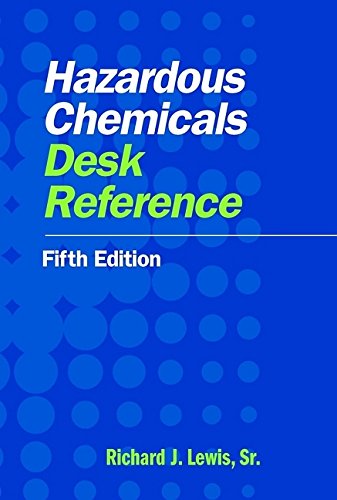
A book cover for Hazardous Chemicals Desk Reference; Richard J. Lewis Sr.; Science & Math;